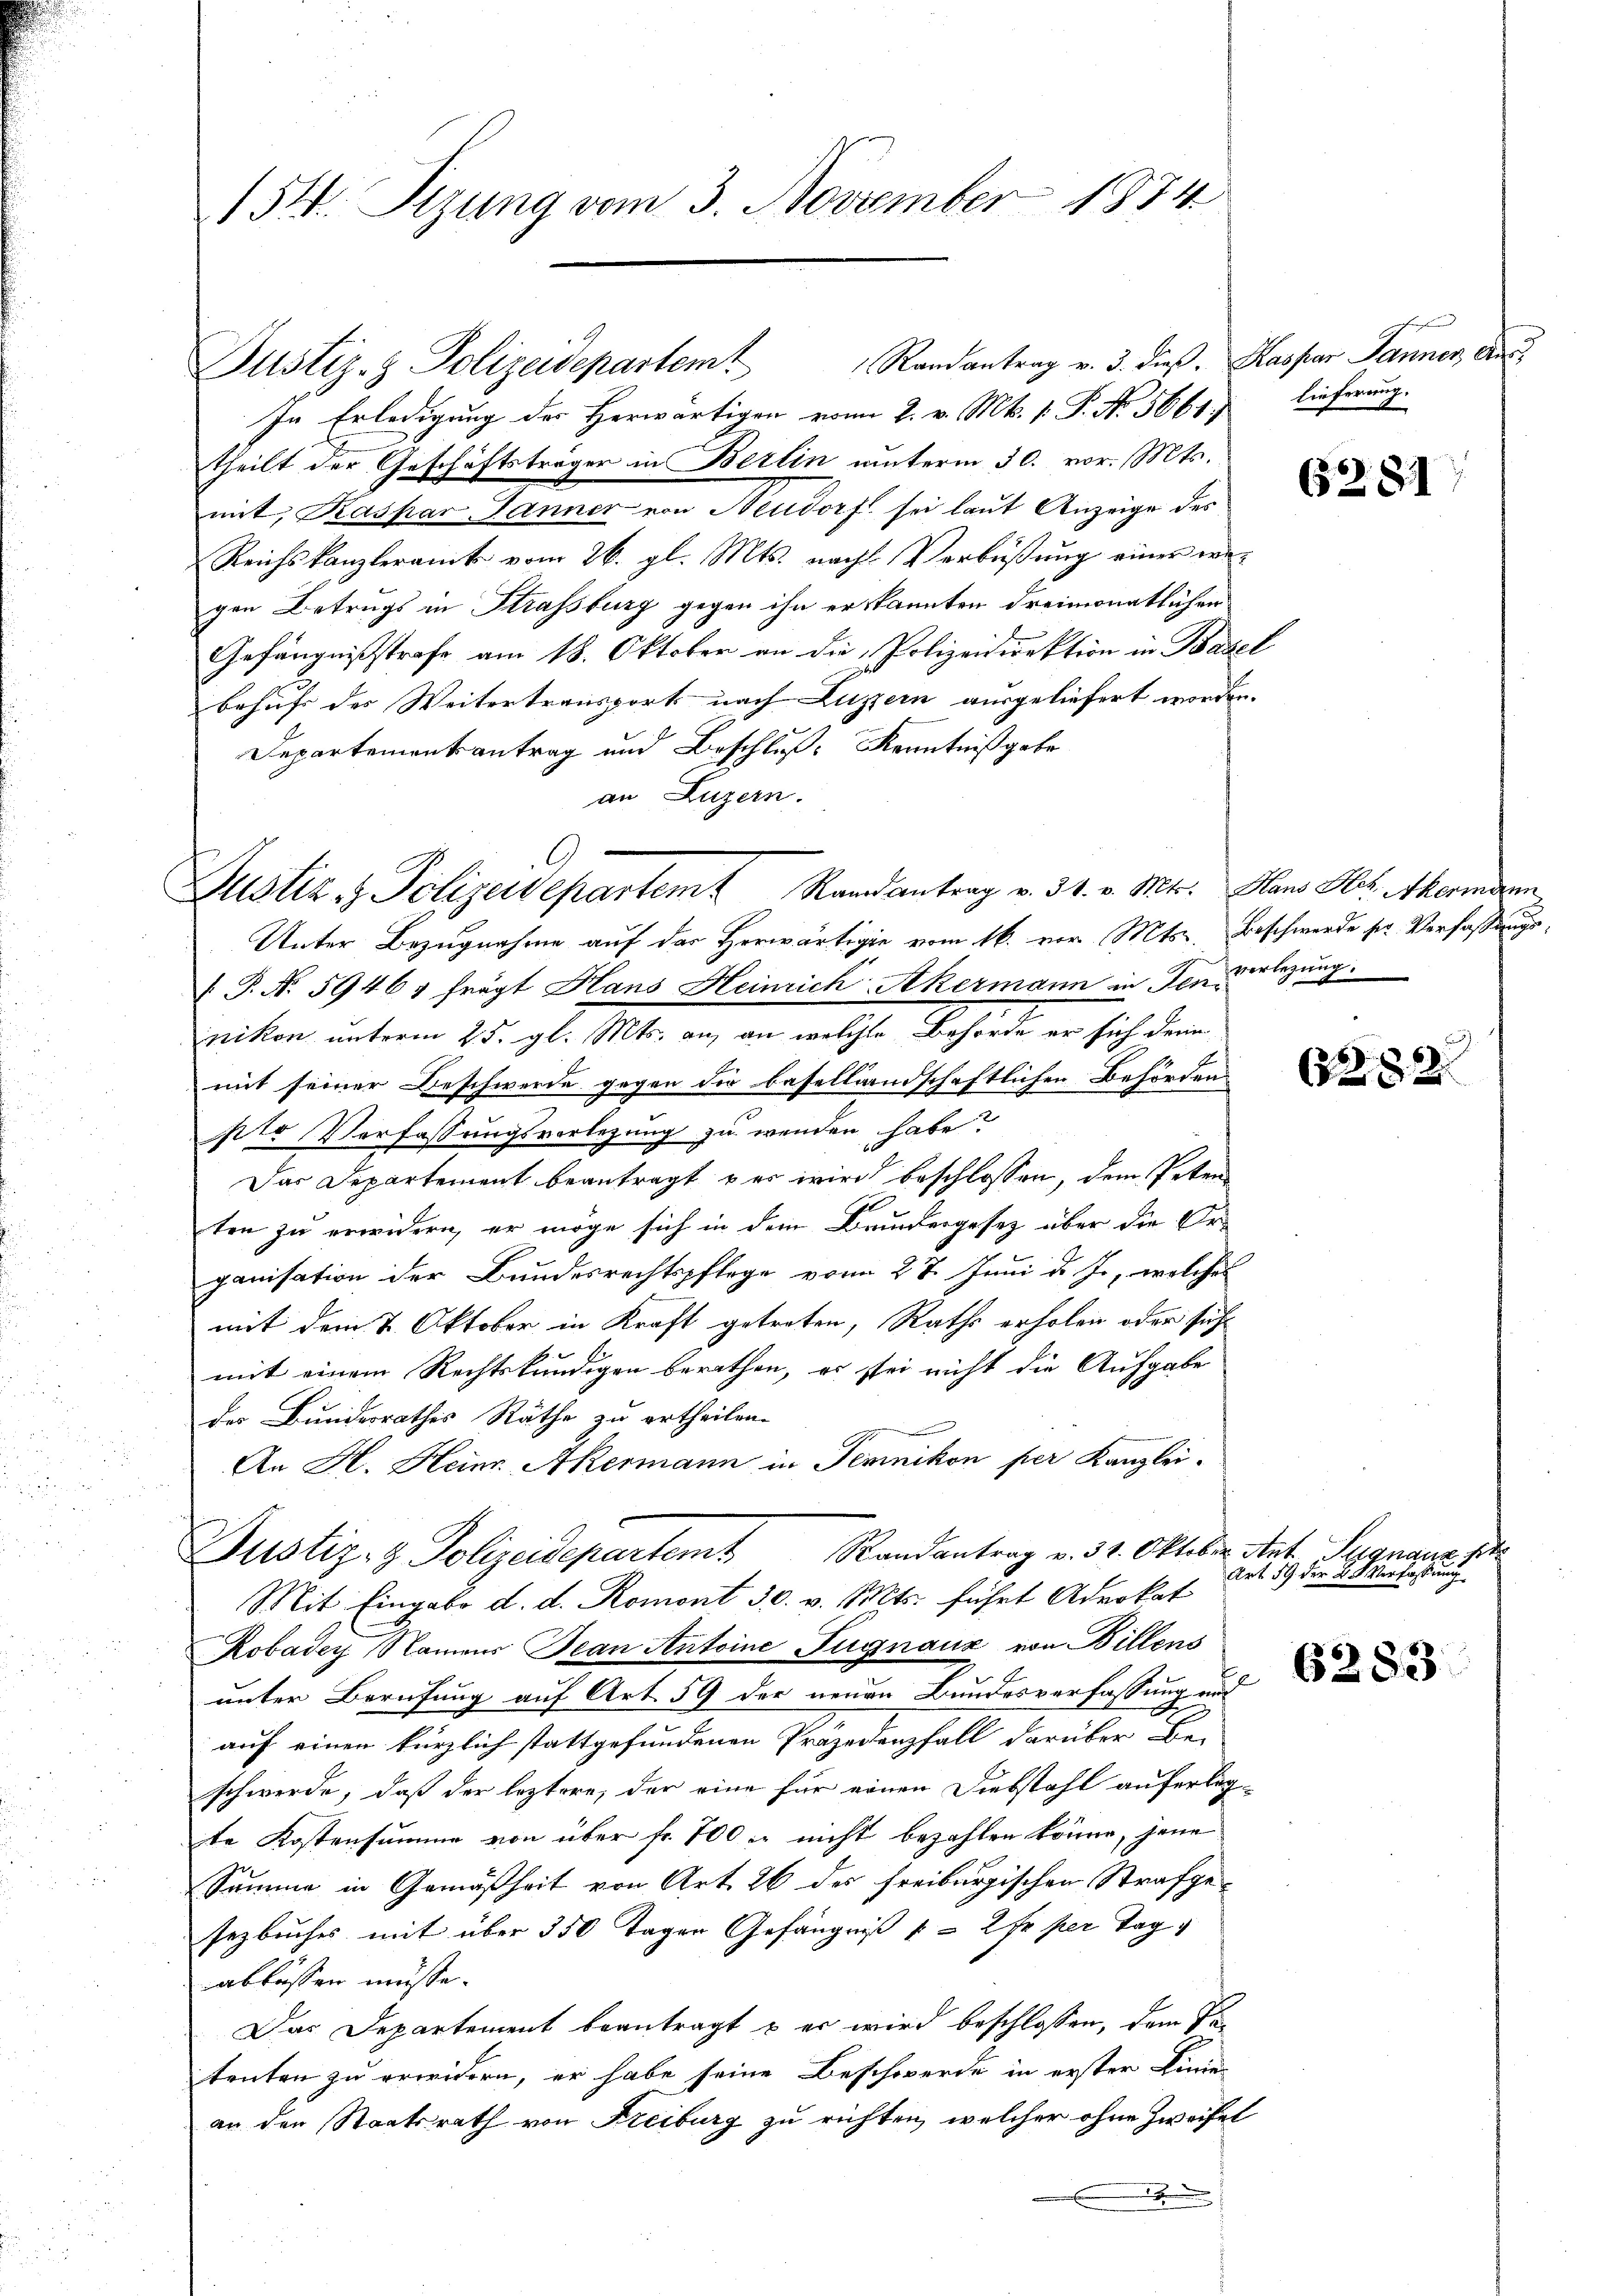
154. Sitzung vom 3. November 1874

In Erledigung der Herwärtigen vom 2. v. Mts. v. P. No. 5661. lieferung.
theilt der Geschäftsträger in Berlin unterm 30. vor. Mts.
mit, Kaspar Jänner von Neudorf sei laut Anzeige des
Reichskanzleramt vom 26. gl. Mts. nach Verbüßung einer wegen Betrugs in Strassburg gegen ihn erkannten dreimonatlichen
Gefängnißstrafe am 18. Oktober an die Polizeidirektion in Basel
behufs des Weitertransport nach Luzern ausgeliefert worden.
Departementantrag und Beschluß Kenntniß gebr
an Luzern.
Justiz & Polizeidepartem Randantrag v. 31. v. Mtr. Hans Hr. Akeringen
Unter Bezugnahme auf der Herwärtige vom 16. vor Mts. Beschwerde ser Verfassungs¬
 P. N. 59464 frägt Hans Heinrich Akermann in den verlegung.
nikon unterm 25. gl. Mts. an, an welche Behörde er sich denn
mit seiner Beschwerde gegen die basellandschaftlichen Behörden
pto Verfassungsvorlegung zu wenden habe?
Das Departement beantragt wer wird beschlossen, dem Peten
Il
ten zu erwidern, er möge sich in dem Brunergesetz über die Erganisation der Bundesrechtspflege vom 27. Juni d. J., welches
mit dem 2. Oktober in Kraft getreten, Raths erholen oder sich
mit einem Rechtskundigen berathen, es sei nicht die Aufgabe
des Bundesrathes Räthe zu ertheilen.
An H. Heim Akermann in Temnikon per Kanzlei-
Justiz- & Polizeidepartem Randantrag v. 31. Oktober tit. Signano p
Mit Eingabe d. d. Romont 30. v. Mts. führt Advokat
Robadey Namens Jean Antoine Fugnauz von Billens
unter Berufung auf Art. 59 der neuen Bundesverfassung und
auf einen kürzlich stattgefundenen Präjedenfall darüber Be-
schwerde, daß der leztere, der eine für einen Diebstahl auferlegte Kostensumme von über fr. 700 l. nicht bezahlen könne, jene
Summe in Gemäßheit von Art. 26 des freiburgischen Strafgesezbuches mit über 350 Tagen Gefängniß 1 - 2 Fr. per Tag
ablassen müsse.
Das Departement beantragt – er wird beschlossen, dem Petenten zu erwidern, er habe seine Beschwerde in erster Linie
an den Staatsrath von Freiburg zu richten, welcher ohne Zweifel
x

Justiz- & Polizeidepartem Randantrag v. 3. dieß. Kaspar Tanner, An¬

62. 81

2282

Art. 59 der K. K. Verfassung

6283